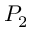
P _ { 2 }